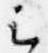
云